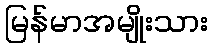
မြန်မာအမျိုးသား